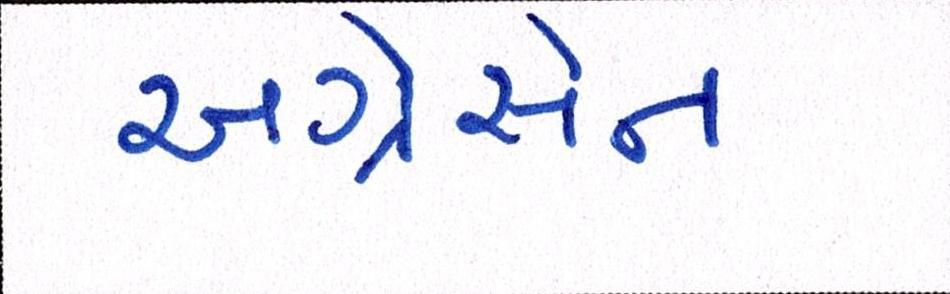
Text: અગ્રેસેન